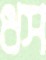
ধস